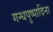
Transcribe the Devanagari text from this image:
गन्धपुष्पादिना